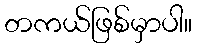
တကယ်ဖြစ်မှာပါ။